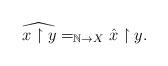
LaTeX: \begin{align*}\widehat{x\upharpoonright y}=_{\mathbb{N}\to X}\hat{x}\upharpoonright y.\end{align*}